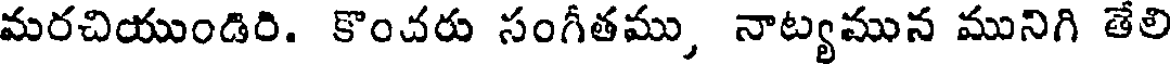
మరచియుండిరి. కొంచరు సంగీతము, నాట్యమున మునిగి తేలి